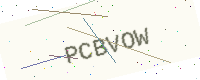
Text: PCBVOW